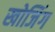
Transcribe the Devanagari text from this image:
खोजिंग